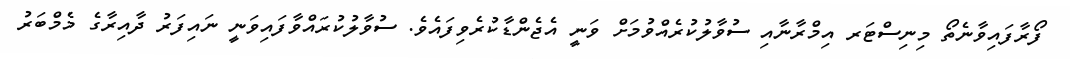
ފޯރާފައިވާނެތޯ މިނިސްޓަރ އިމްރާނާއި ސުވާލުކުރެއްވުމަށް ވަނީ އެޖެންޑާކުރެވިފައެވެ. ސުވާލުކުރައްވާފައިވަނީ ނައިފަރު ދާއިރާގެ މެމްބަރު